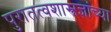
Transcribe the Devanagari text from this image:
पुरातत्वशास्त्रज्ञांच्या